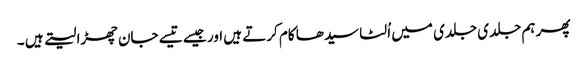
پھر ہم جلدی جلدی میں اُلٹا سیدھا کام کرتے ہیں اور جیسے تیسے جان چھڑا لیتے ہیں ۔